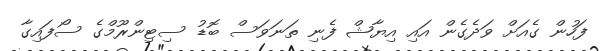
ފަހުން ގެއަށް ވަދެގެން އައި އިޔާޝް ފެނި ތަނަވަސް ބޮޑު ސިޓިންރޫމްގެ ސޯފައިގާ